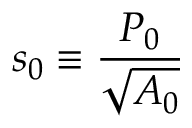
s _ { 0 } \equiv \frac { P _ { 0 } } { \sqrt { A _ { 0 } } }